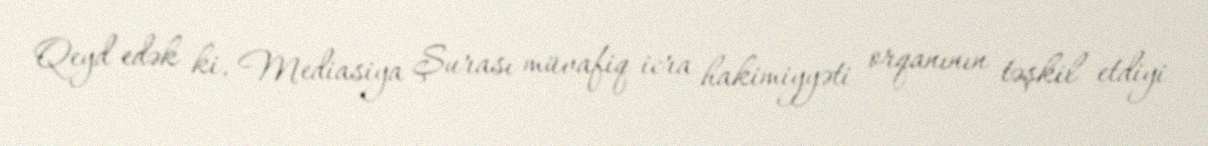
Qeyd edək ki, Mediasiya Şurası müvafiq icra hakimiyyəti orqanının təşkil etdiyi